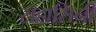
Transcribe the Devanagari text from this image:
सहासिनी